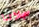
سجلاتنا